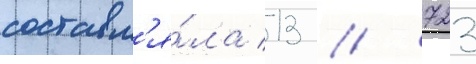
составл'я́ла 13 / 723